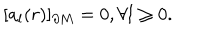
LaTeX: [ a _ { l } ( r ) ] _ { \partial M } = 0 , \forall l \geq 0 .